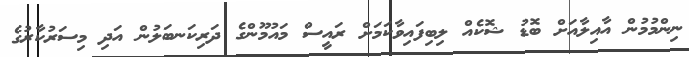
ނިންމުމުން އާއިލާއަށް ބޮޑު ޝޮކެއް ލިބިފައިވާކަމަށް ރައީސް މައުމޫންގެ ދަރިކަނބަލުން އަދި މިސަރުކާރުގެ